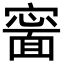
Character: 𡫍